Indian journal of veterinary science and animal husbandry - Volume 7,
Year: 1937
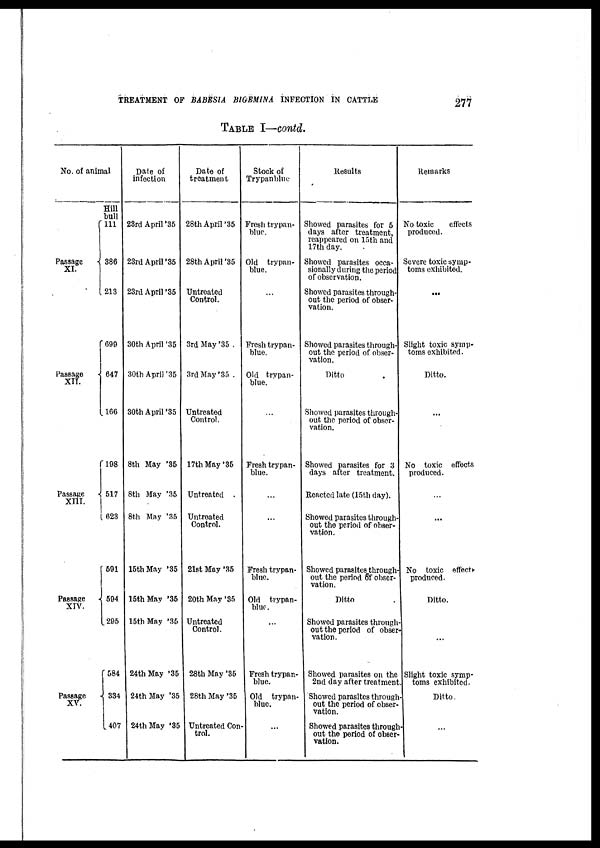
TREATMENT OF BABESIA BIGEMINA INFECTION IN CATTLE
277
TABLE I—contd.
No. of animal
Passage
XI.
{
Passage
XII.
{
Passage
XIII.
{
Passage
XIV. {
Passage
XV. {
Hill
bull
111
386
213
699
647
166
198
517
623
591
594
295
584
334
407
Date of
infection
23rd April '35
23rd April '35
23rd April '35
30th April '35
30th April '35
30th April '35
8th May '35
8th May '35
8th May '35
15th May '35
15th May '35
15th May '35
24th May '35
24th May '35
24th May '35
Date of
treatment
28th April '35
28th April '35
Untreated
Control.
3rd May '35 .
3rd May '35 .
Untreated
Control.
17th May '35
Untreated .
Untreated
Control.
21st May '35
20th May '35
Untreated
Control.
28th May '35
28th May '35
Untreated Con-
trol.
Stock of
Trypanblue
Fresh trypan¬
blue.
Old trypan-
blue.
...
Fresh trypan-
blue.
Old trypan¬
blue.
...
Fresh trypan¬
blue.
...
...
Fresh trypan¬
blue.
Old trypan¬
blue.
...
Fresh trypan¬
blue.
Old trypan¬
blue.
...
Results
Showed parasites for 5
days after treatment,
reappeared on 15th and
17th day.
Showed parasites occa-
sionally during the period
of observation.
Showed parasites through-
out the period of obser-
vation.
Showed parasites through-
out the period of obser-
vation.
Ditto .
Showed parasites through-
out the period of obser-
vation.
Showed parasites for 3
days after treatment.
Reacted late (15th day).
Showed parasites through-
out the period of obser-
vation.
Showed parasites through-
out the period of obser-
vation.
Ditto
Showed parasites through-
out the period of obser-
vation.
Showed parasites on the
2nd day after treatment.
Showed parasites through
out the period of obser-
vation.
Showed parasites through
out the period of obser¬
vation.
Remarks
No toxic
effects
produced.
Severe toxic symp-
toms exhibited.
...
Slight toxic symp-
toms exhibited.
Ditto.
...
No toxic effects
produced.
...
...
No toxic effects
produced.
Ditto.
...
Slight toxic symp-
toms exhibited.
Ditto.
...